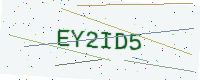
Text: EY2ID5